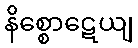
နိစ္စောဋေယျ